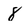
Character: 8